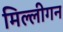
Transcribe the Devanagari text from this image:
मिल्लीगन